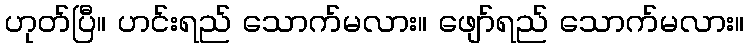
ဟုတ်ပြီ။ ဟင်းရည် သောက်မလား။ ဖျော်ရည် သောက်မလား။